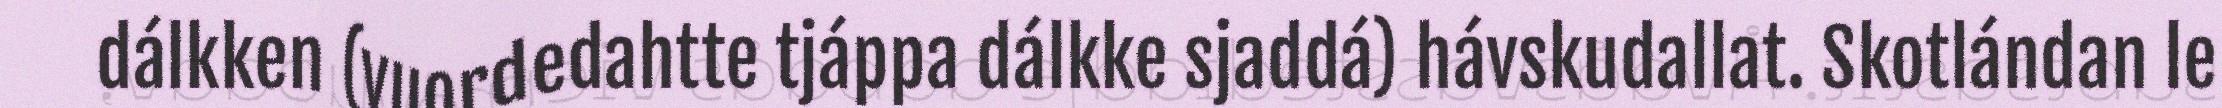
dálkken (vuordedahtte tjáppa dálkke sjaddá) hávskudallat. Skotlándan le